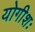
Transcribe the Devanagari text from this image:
योगीशः